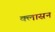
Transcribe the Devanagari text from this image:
क्लासन